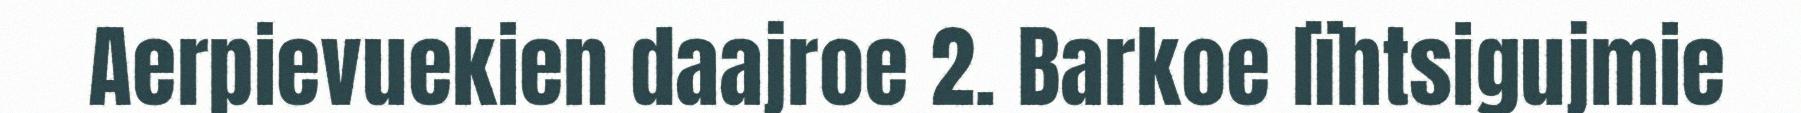
Aerpievuekien daajroe 2. Barkoe lïhtsigujmie